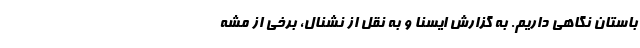
باستان نگاهی داریم. به گزارش ایسنا و به نقل از نشنال، برخی از مشه